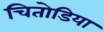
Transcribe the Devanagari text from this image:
चितोडिया